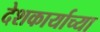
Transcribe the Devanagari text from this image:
देशकार्याच्या